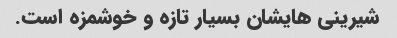
شیرینی هایشان بسیار تازه و خوشمزه است.